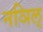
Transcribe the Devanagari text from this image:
नञिल्